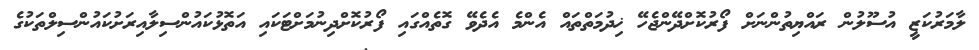
ލާމަރުކަޒީ އުސޫލުން ރައްޔިތުންނަށް ފޯރުކޮށްދޭންޖެހޭ ޚިދުމަތްތައް އެންމެ އެދެވޭ ގޮތެއްގައި ފޯރުކޮށްދިނުމަށްޓަކައި އަތޮޅުކައުންސިލާއިރަށުކައުންސިލްތަކުގެ